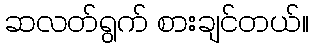
ဆလတ်ရွက် စားချင်တယ်။